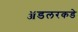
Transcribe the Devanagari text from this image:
ॲडलरकडे